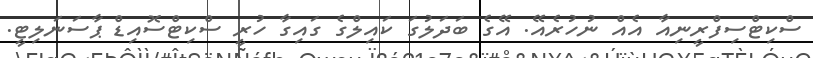
ސްކިޓްސިފްރީނިއާ އެއް ނުހުރެއޭ. އޭގެ ބަދަލުގަ ކައިލްގެ ގައިގާ ހުރީ ސްކިޓްސޮއިޑް ޕާސަނަލިޓީ.